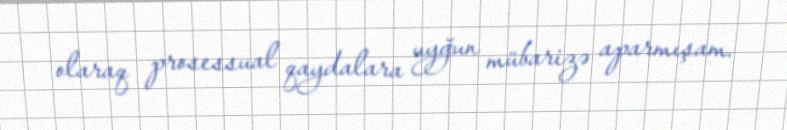
olaraq prosessual qaydalara uyğun mübarizə aparmışam.